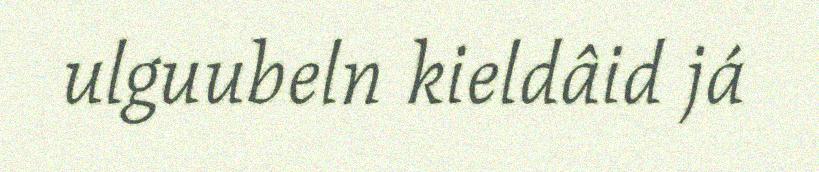
ulguubeln kieldâid já